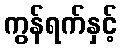
ကွန်ရက်နှင့်